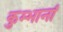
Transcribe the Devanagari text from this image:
कुम्भानां